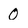
Character: 0